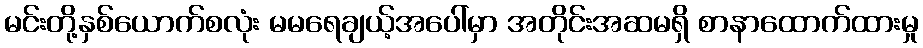
မင်းတို့နှစ်ယောက်စလုံး မမရေချယ့်အပေါ်မှာ အတိုင်းအဆမရှိ စာနာထောက်ထားမှု